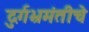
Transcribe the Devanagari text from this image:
दुर्गभ्रमंतीचे